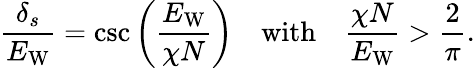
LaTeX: \frac{\delta_{s}}{E_{\mathrm{W}}}=\csc\bigg(\frac{E_{\mathrm{W}}}{\chi N}\bigg)\quad\mathrm{with}\quad\frac{\chi N}{E_{\mathrm{W}}}>\frac{2}{\pi}.